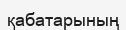
қабатарының